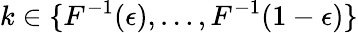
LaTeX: k\in\{ F^{-1}(\epsilon),\dots,F^{-1}(1-\epsilon)\}